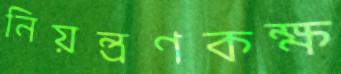
নিয়ন্ত্রণকক্ষ